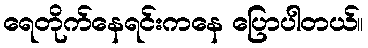
ရေတိုက်နေရင်းကနေ ပြောပါတယ်။